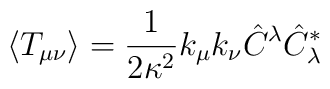
\langle T_{\mu \nu} \rangle = \frac{1}{2\kappa^2} k_\mu k_\nu \hat{C}^\lambda \hat{C}^*_\lambda